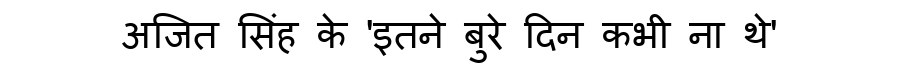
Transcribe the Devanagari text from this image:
अजित सिंह के 'इतने बुरे दिन कभी ना थे'